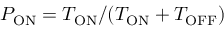
P _ { \mathrm { O N } } = T _ { \mathrm { O N } } / ( T _ { \mathrm { O N } } + T _ { \mathrm { O F F } } )